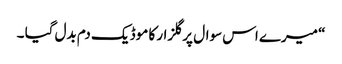
“ میرے اس سوال پر گلزار کا موڈ یک دم بدل گیا ۔